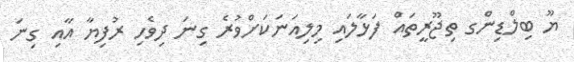
ޔޫ ބިލްޑިންގ ތިޖޫރީތައް ފަޅާލައި މިލިއަނަކަށްވުރެ ގިނަ ދިވެހި ރުފިޔާ އާއި ގިނަ